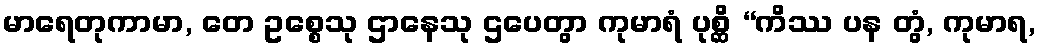
မာရေတုကာမာ, တေ ဥစ္စေသု ဌာနေသု ဌပေတွာ ကုမာရံ ပုစ္ဆိ “ကိဿ ပန တွံ, ကုမာရ,